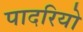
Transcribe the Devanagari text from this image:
पादरियो